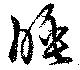
睡